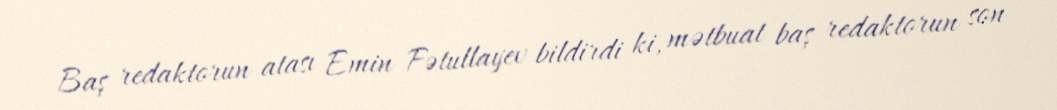
Baş redaktorun atası Emin Fətullayev bildirdi ki, mətbuat baş redaktorun son